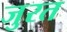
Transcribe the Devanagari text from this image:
जुरत